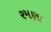
રમણા